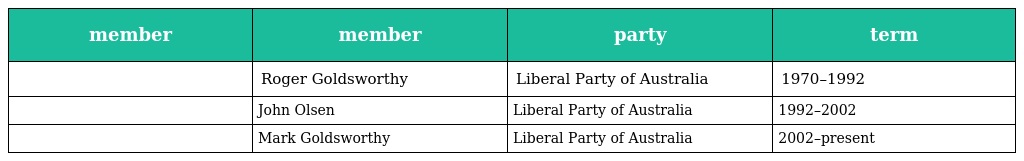
| member | member | party | term |
 | --- | --- | --- | --- |
 |  | Roger Goldsworthy | Liberal Party of Australia | 1970–1992 |
 |  | John Olsen | Liberal Party of Australia | 1992–2002 |
 |  | Mark Goldsworthy | Liberal Party of Australia | 2002–present |